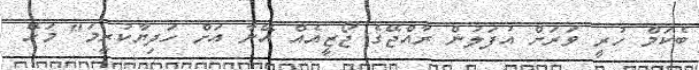
ބެކަމް ހުރީ ވަރަށް އުފަލުން ރާއްޖޭގެ ޖޯޒީއެއް އޭނާ އަށް ހަދިޔާކުރީމަ" މަހޭ